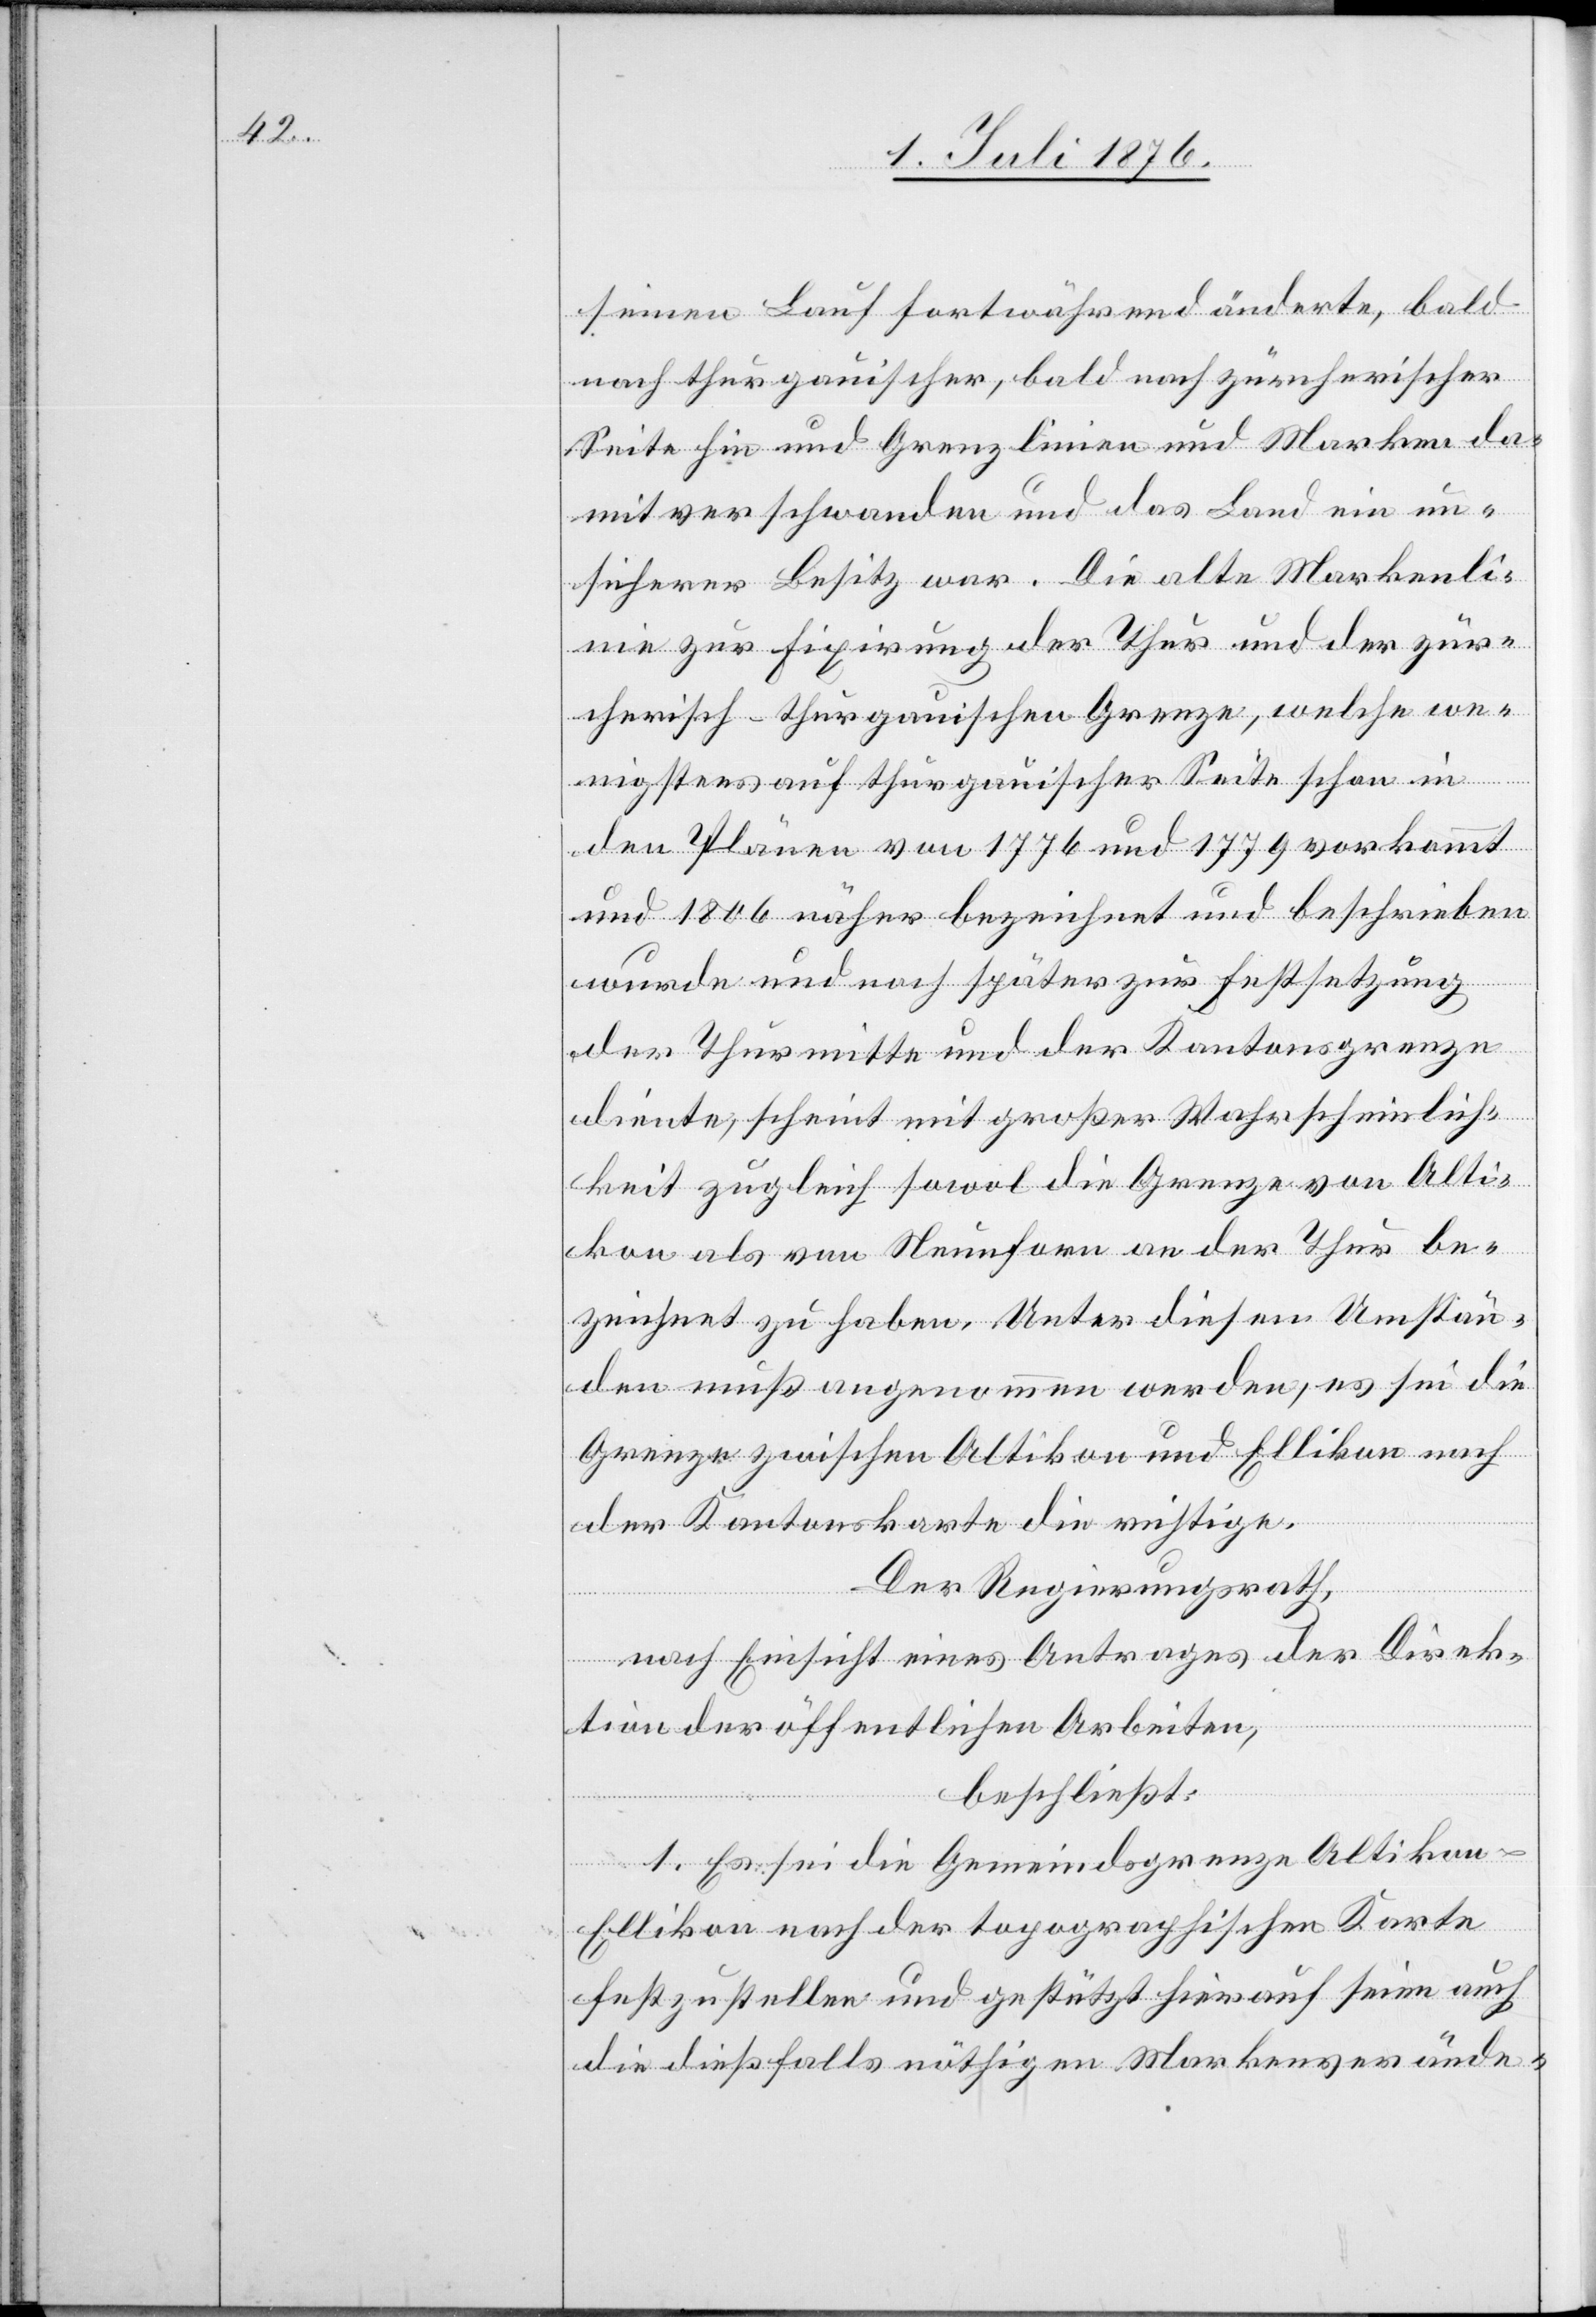
seinen Lauf fortwährend änderte, bald
nach thurgauischer, bald nach zürcherischer
Seite hin und Grenzlinien und Marken da¬
mit verschwanden und das Land ein un¬
sicherer Besitz war. Die alte Markenli¬
nie zur Fixirung der Thur und der zür¬
cherisch-thurgauischen Grenze, welche we¬
nigstens auf thurgauischer Seite schon in
den Plänen von 1776 und 1779 vorkommt
und 1806 näher bezeichnet und beschrieben
wurde und noch später zur Festsetzung
der Thurmitte und der Kantonsgrenze
diente, scheint mit großer Wahrscheinlich¬
keit zugleich sowol die Grenze von Alti¬
kon als von Neunforn an der Thur be¬
zeichnet zu haben. Unter diesen Umstän¬
den muß angenommen werden, es sei die
Grenze zwischen Altikon und Ellikon nach
der Kantonskarte die richtige.
Der Regierungsrath,
nach Einsicht eines Antrages der Direk¬
tion der öffentlichen Arbeiten,
beschließt:
1. Es sei die Gemeindsgrenze Altikon-E¬
llikon nach der topographischen Karte
festzustellen und gestützt hierauf seien auch
die dießfalls nöthigen Markenverände-